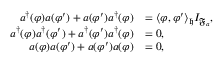
\begin{array} { r l } { a ^ { \dag } ( \varphi ) a ( \varphi ^ { \prime } ) + a ( \varphi ^ { \prime } ) a ^ { \dag } ( \varphi ) } & { = \langle \varphi , \varphi ^ { \prime } \rangle _ { \mathfrak { h } } I _ { \mathfrak { F } _ { a } } , } \\ { a ^ { \dag } ( \varphi ) a ^ { \dag } ( \varphi ^ { \prime } ) + a ^ { \dag } ( \varphi ^ { \prime } ) a ^ { \dag } ( \varphi ) } & { = 0 , } \\ { a ( \varphi ) a ( \varphi ^ { \prime } ) + a ( \varphi ^ { \prime } ) a ( \varphi ) } & { = 0 , } \end{array}